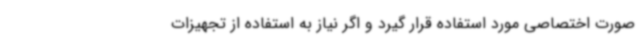
صورت اختصاصی مورد استفاده قرار گیرد و اگر نیاز به استفاده از تجهیزات